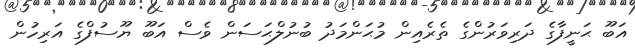
އަބޫ ޙަނީފާގެ ދަރިވަރުންގެ ތެރެއިން މުޙަންމަދު ބުނުލްޙަސަން ވެސް އަބޫ ޔޫސުފްގެ އަރިހުން